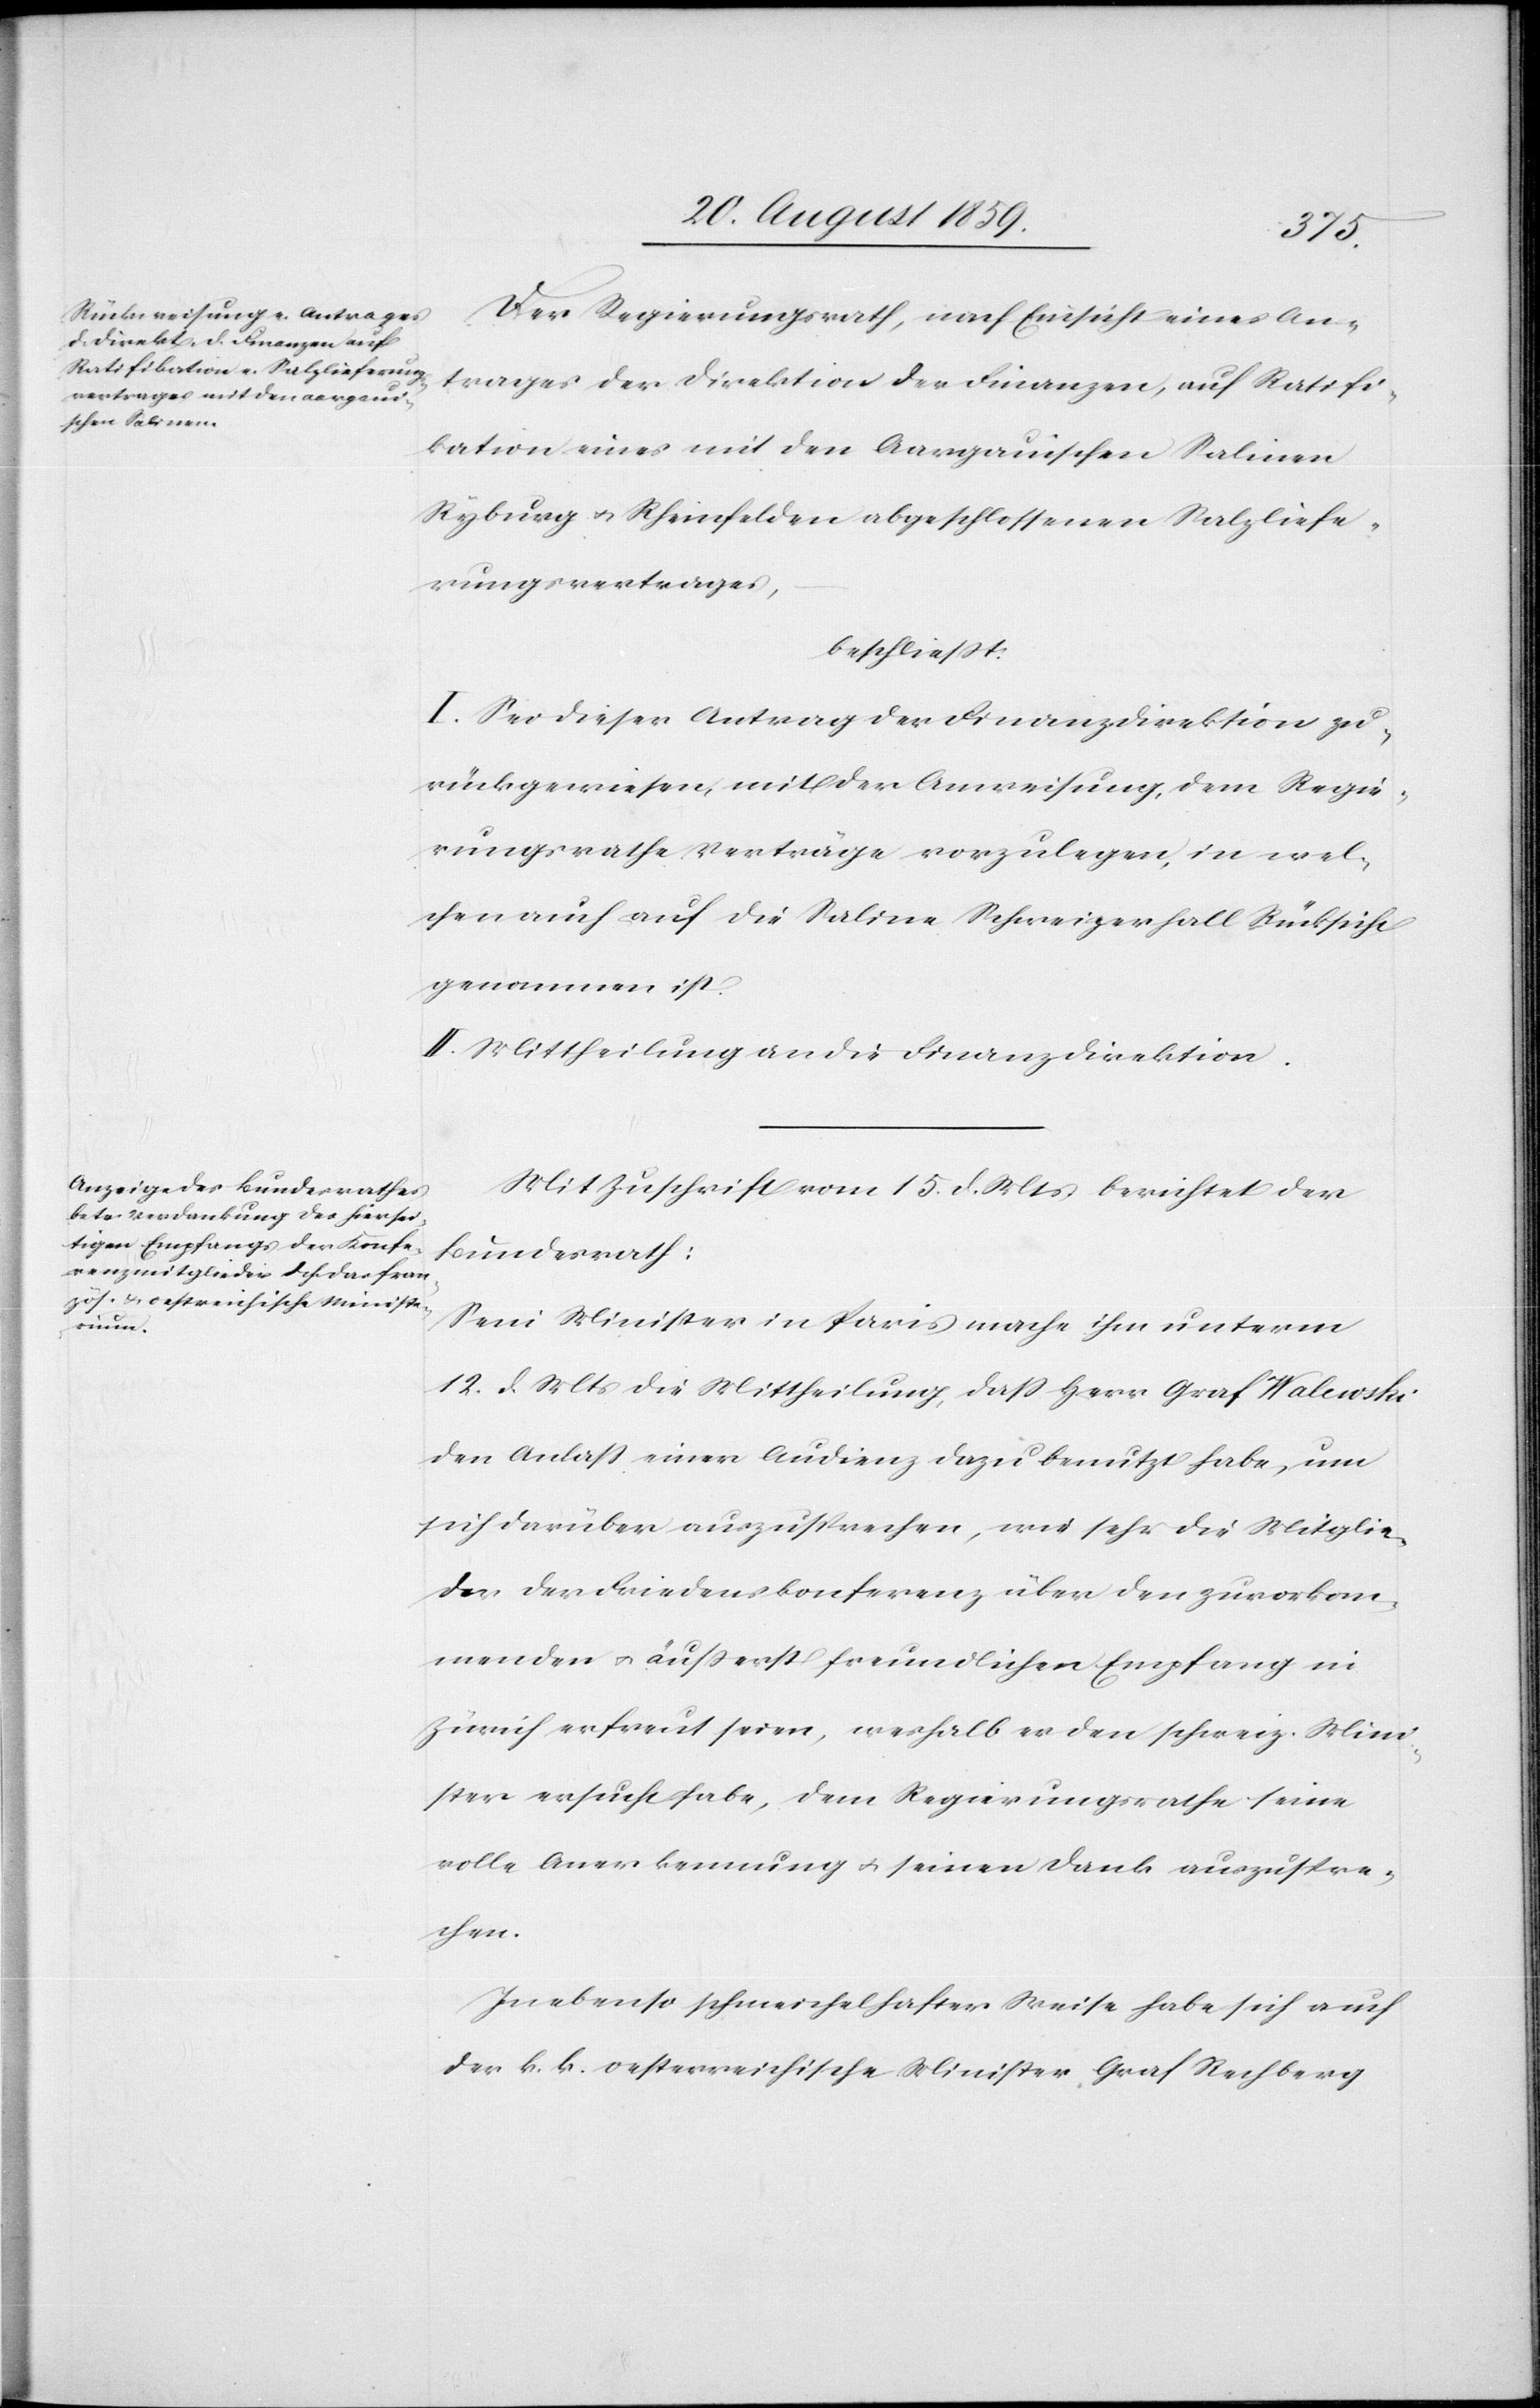
Der Regierungsrath, nach Einsicht eines An¬
trages der Direktion der Finanzen, auf Ratifi¬
kation eines mit den Aargauischen Salinen
Kyburg & Rheinfelden abgeschlossenen Salzliefe¬
rungsvertrages,
beschließt:
I. Sei dieser Antrag der Finanzdirektion zu¬
rückgewiesen, mit der Anweisung, dem Regie¬
rungsrathe Verträge vorzulegen, in wel¬
chen auch auf die Saline Schweizerhall Rücksicht
genommen ist.
II. Mittheilung an die Finanzdirektion.
Mit Zuschrift vom 15. d. Mts. berichtet der
Bundesrath:
Sein Minister in Paris mache ihm unterm
12. d. Mts. die Mittheilung, daß Herr Graf Walewski
den Anlaß einer Audienz dazu benutzt habe, um
sich darüber auszusprechen, wie sehr die Mitglie¬
der der Friedenskonferenz über den zuvorkom¬
menden & äußerst freundlichen Empfang in
Zürich erfreut seien, weshalb er den schweiz. Mini¬
ster ersucht habe, dem Regierungsrathe seine
volle Anerkennung & seinen Dank auszuspre¬
chen.
In ebenso schmeichelhafter Weise habe sich auch
der k. k. oesterreichische Minister Graf Rechberg